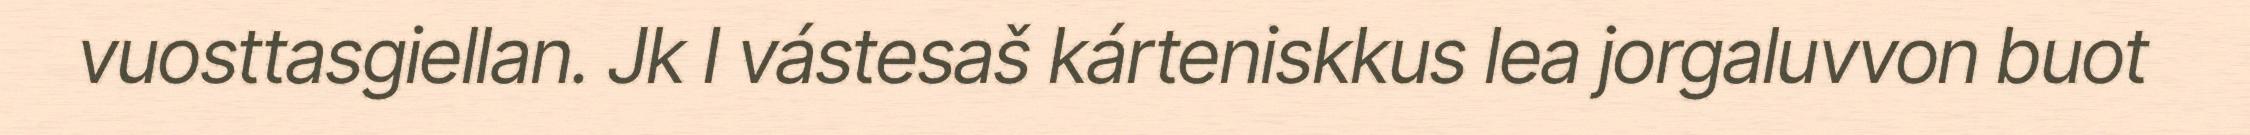
vuosttasgiellan. Jk I vástesaš kárteniskkus lea jorgaluvvon buot